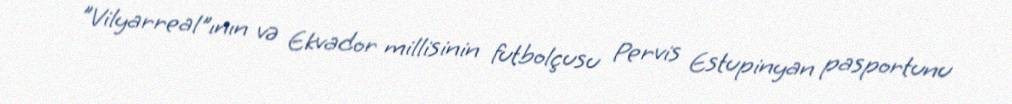
"Vilyarreal"ının və Ekvador millisinin futbolçusu Pervis Estupinyan pasportunu